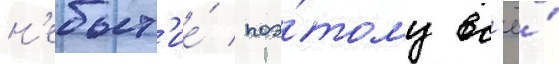
н'ебыт'ие́ / поэ́тому вс'ё́